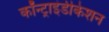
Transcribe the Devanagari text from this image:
कॉन्ट्राइंडीकेशन